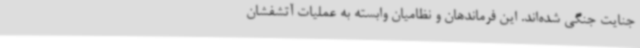
جنایت جنگی شده‌اند. این فرماندهان و نظامیان وابسته به عملیات آتشفشان